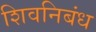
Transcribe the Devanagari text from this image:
शिवनिबंध